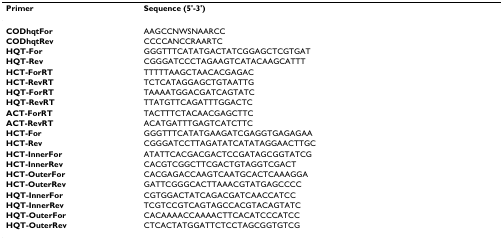
<table><thead><tr><td><b>Primer</b></td><td><b>Sequence (5&#x27;-3&#x27;)</b></td></tr></thead><tbody><tr><td><b>CODhqtFor</b></td><td>AAGCCNWSNAARCC</td></tr><tr><td><b>CODhqtRev</b></td><td>CCCCANCCRAARTC</td></tr><tr><td><b>HQT-For</b></td><td>GGGTTTCATATGACTATCGGAGCTCGTGAT</td></tr><tr><td><b>HQT-Rev</b></td><td>CGGGATCCCTAGAAGTCATACAAGCATTT</td></tr><tr><td><b>HCT-ForRT</b></td><td>TTTTTAAGCTAACACGAGAC</td></tr><tr><td><b>HCT-RevRT</b></td><td>TCTCATAGGAGCTGTAATTG</td></tr><tr><td><b>HQT-ForRT</b></td><td>TAAAATGGACGATCAGTATC</td></tr><tr><td><b>HQT-RevRT</b></td><td>TTATGTTCAGATTTGGACTC</td></tr><tr><td><b>ACT-ForRT</b></td><td>TACTTTCTACAACGAGCTTC</td></tr><tr><td><b>ACT-RevRT</b></td><td>ACATGATTTGAGTCATCTTC</td></tr><tr><td><b>HCT-For</b></td><td>GGGTTTCATATGAAGATCGAGGTGAGAGAA</td></tr><tr><td><b>HCT-Rev</b></td><td>CGGGATCCTTAGATATCATATAGGAACTTGC</td></tr><tr><td><b>HCT-InnerFor</b></td><td>ATATTCACGACGACTCCGATAGCGGTATCG</td></tr><tr><td><b>HCT-InnerRev</b></td><td>CACGTCGGCTTCGACTGTAGGTCGACT</td></tr><tr><td><b>HCT-OuterFor</b></td><td>CACGAGACCAAGTCAATGCACTCAAAGGA</td></tr><tr><td><b>HCT-OuterRev</b></td><td>GATTCGGGCACTTAAACGTATGAGCCCC</td></tr><tr><td><b>HQT-InnerFor</b></td><td>CGTGGACTATCAGACGATCAACCATCC</td></tr><tr><td><b>HQT-InnerRev</b></td><td>TCGTCCGTCAGTAGCCACGTACAGTATC</td></tr><tr><td><b>HQT-OuterFor</b></td><td>CACAAAACCAAAACTTCACATCCCATCC</td></tr><tr><td><b>HQT-OuterRev</b></td><td>CTCACTATGGATTCTCCTAGCGGTGTCG</td></tr></tbody></table>